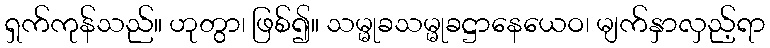
ရှက်ကုန်သည်။ ဟုတွာ၊ ဖြစ်၍။ သမ္မုခသမ္မုခဋ္ဌာနေယေဝ၊ မျက်နှာလှည့်ရာ